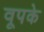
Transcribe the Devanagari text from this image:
वूपके